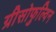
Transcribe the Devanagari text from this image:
ग्रीसोफुल्विन